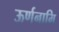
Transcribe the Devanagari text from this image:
ऊर्णनामि